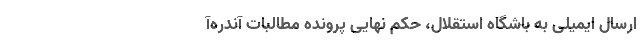
ارسال ایمیلی به باشگاه استقلال، حکم نهایی پرونده مطالبات آندره‌آ